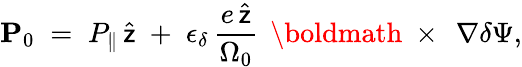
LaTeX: {\mathbf P}_{0}\; =\; P_{\| }\, \widehat{\sf z}\; +\; \epsilon_{\delta}\, \frac{e\, \widehat{\sf z}}{\Omega_{0}}\, \mathrm{~\boldmath~\times~}\, \nabla\delta\Psi,